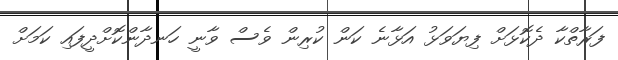
ފަރާތްކާ ދެކޮޅަށް ފިޔަވަޅު އަޅާނެ ކަން ކުރިން ވެސް ވާނީ ހަނދާންކޮށްދީފައި ކަމަށް